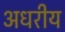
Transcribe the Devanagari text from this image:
अधरीय